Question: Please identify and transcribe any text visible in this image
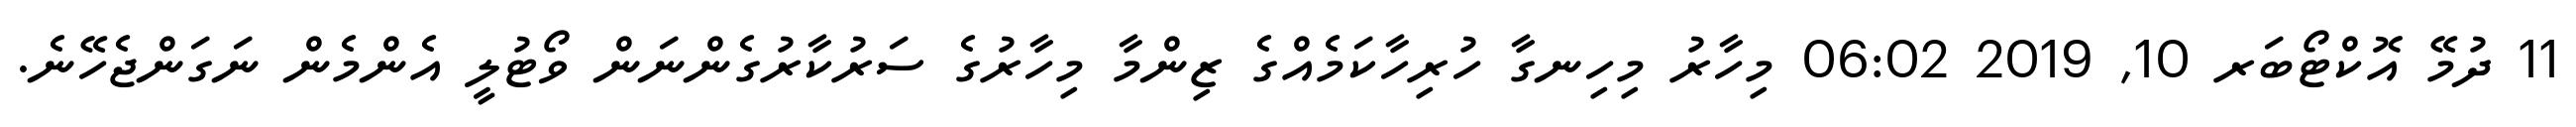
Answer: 11 ދުމޭ އޮކްޓޯބަރ 10, 2019 06:02 މިހާރު މިހިނގާ ހުރިހާކަމެއްގެ ޒިންމާ މިހާރުގެ ސަރުކާރުގެންނަން ވޯޓުލީ އެންމެން ނަގަންޖެހޭނެ.